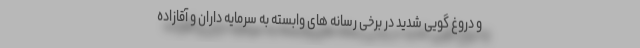
و دروغ گویی شدید در برخی رسانه های وابسته به سرمایه داران و آقازاده